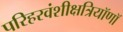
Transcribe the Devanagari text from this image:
परिहरवंशीक्षत्रियॉणॉ